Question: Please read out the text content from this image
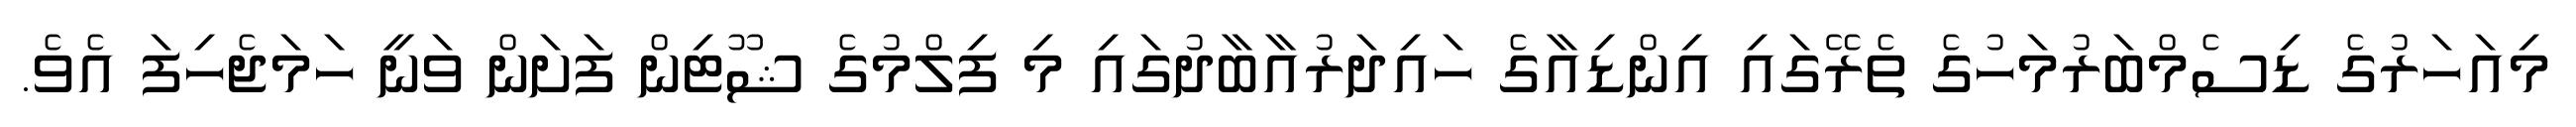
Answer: މިއަހަރުގެ ޑިސެމްބަރުމަހުގެ ތެރޭގައި އިންޑިއާގެ ހައިދަރުއާބާދުގައި މި ފިލްމުގެ ޝޫޓިން ފަށަން ވަނީ ހަމަޖެހިފަ އެވެ.